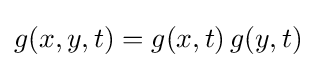
g(x,y,t)=g(x,t)\,g(y,t)